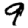
Digit: 9